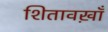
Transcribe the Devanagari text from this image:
शितावख़ाँ